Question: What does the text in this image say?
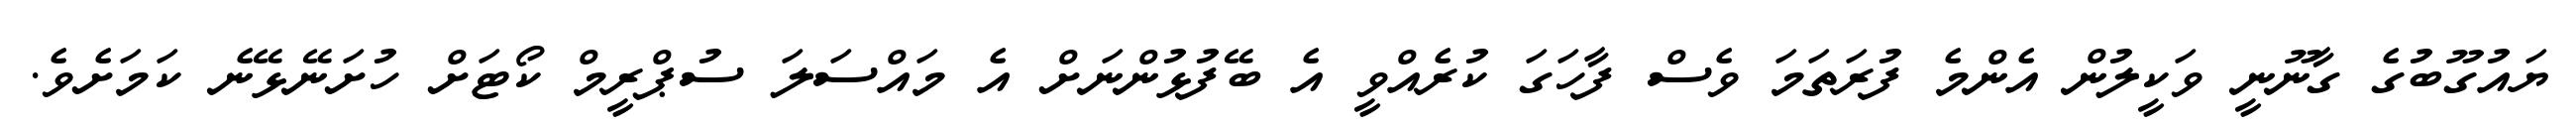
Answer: ޔައުގޫބުގެ ގާނޫނީ ވަކީލުން އެންމެ ފުރަތަމަ ވެސް ފާހަގަ ކުރެއްވީ އެ ބޭފުޅުންނަށް އެ މައްސަލަ ސުޕްރީމް ކޯޓަށް ހުށަނޭޅޭނެ ކަމަށެވެ.